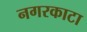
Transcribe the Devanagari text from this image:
नगरकाटा